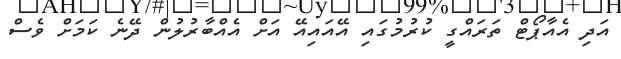
އަދި އެއާޕޯޓް ތަރައްގީ ކުރުމުގައި އޭއައިއޭ އަށް އެއްބާރުލުން ދޭނެ ކަމަށް ވެސް